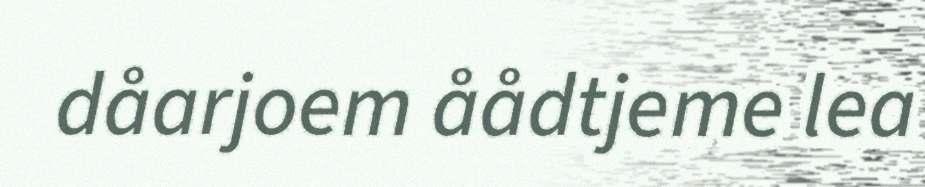
dåarjoem åådtjeme lea